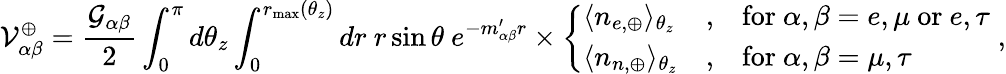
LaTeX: \mathcal{V}_{\alpha\beta}^{\oplus}=\frac{{\mathcal{{G}}_{\alpha\beta}}}{{2}}\int_{0}^{\pi}d\theta_{z}\int_{0}^{r_{\operatorname*{max}}(\theta_{z})}dr~r\sin\theta~e^{-m_{\alpha\beta}^{\prime}r}\times\left\{ \begin{array}{lll}{\langle n_{e,\oplus}\rangle_{\theta_{z}}}&{,}&{\mathrm{for}~\alpha,\beta=e,\mu~\mathrm{or}~e,\tau}\\ {\langle n_{n,\oplus}\rangle_{\theta_{z}}}&{,}&{\mathrm{for}~\alpha,\beta=\mu,\tau}\end{array}\right.\; ,